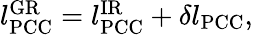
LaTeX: \begin{array}{r}{l_{\mathrm{PCC}}^{\mathrm{GR}}=l_{\mathrm{PCC}}^{\mathrm{IR}}+\delta l_{\mathrm{PCC}},}\end{array}